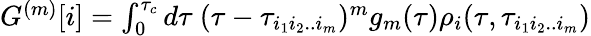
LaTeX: \begin{array}{r}{G^{(m)}[i]=\int_{0}^{\tau_{c}}d\tau~(\tau-\tau_{i_{1}i_{2}..i_{m}})^{m}g_{m}(\tau)\rho_{i}(\tau,\tau_{i_{1}i_{2}..i_{m}})}\end{array}